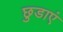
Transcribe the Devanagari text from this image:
छुडाएं